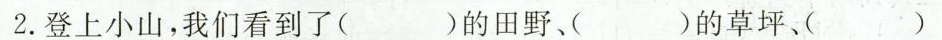
2.登上小山，我们看到了( )的田野、( )的草坪、( )